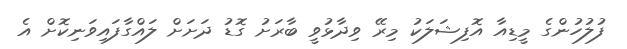
ފުލުހުންގެ މީޑިއާ އޮފިޝަލަކު މިރޭ ވިދާޅުވީ ބާރަށު ގޮޑު ދަށަށް ލައްގާފައިވަނިކޮށް އެ